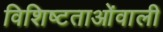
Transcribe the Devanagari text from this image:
विशिष्टताओंवाली